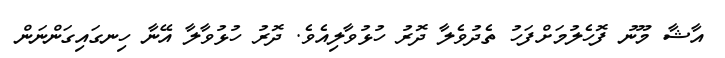
އާޝާ މޫނު ފޮހެލުމަށްފަހު ތެދުވެލާ ދޮރު ހުޅުވާލިއެވެ. ދޮރު ހުޅުވާލާ އޭނާ ހިނގައިގަންނަން